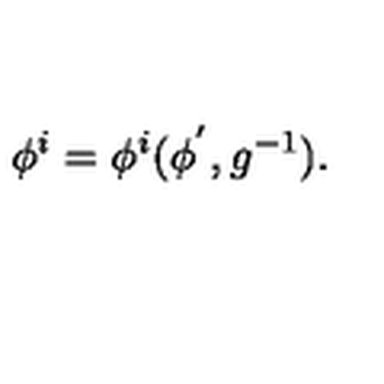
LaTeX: \phi ^ { i } = \phi ^ { i } ( \phi ^ { ' } , g ^ { - 1 } ) .